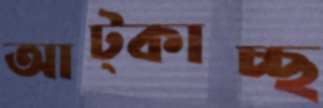
আট্‌কাচ্ছ